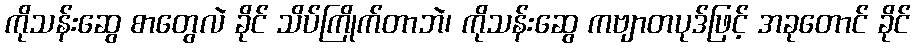
ကိုသန်းဆွေ စာတွေလဲ ခိုင် သိပ်ကြိုက်တာဘဲ၊ ကိုသန်းဆွေ ကဗျာတပုဒ်ဖြင့် အခုတောင် ခိုင်